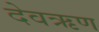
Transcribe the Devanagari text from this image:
देवऋण